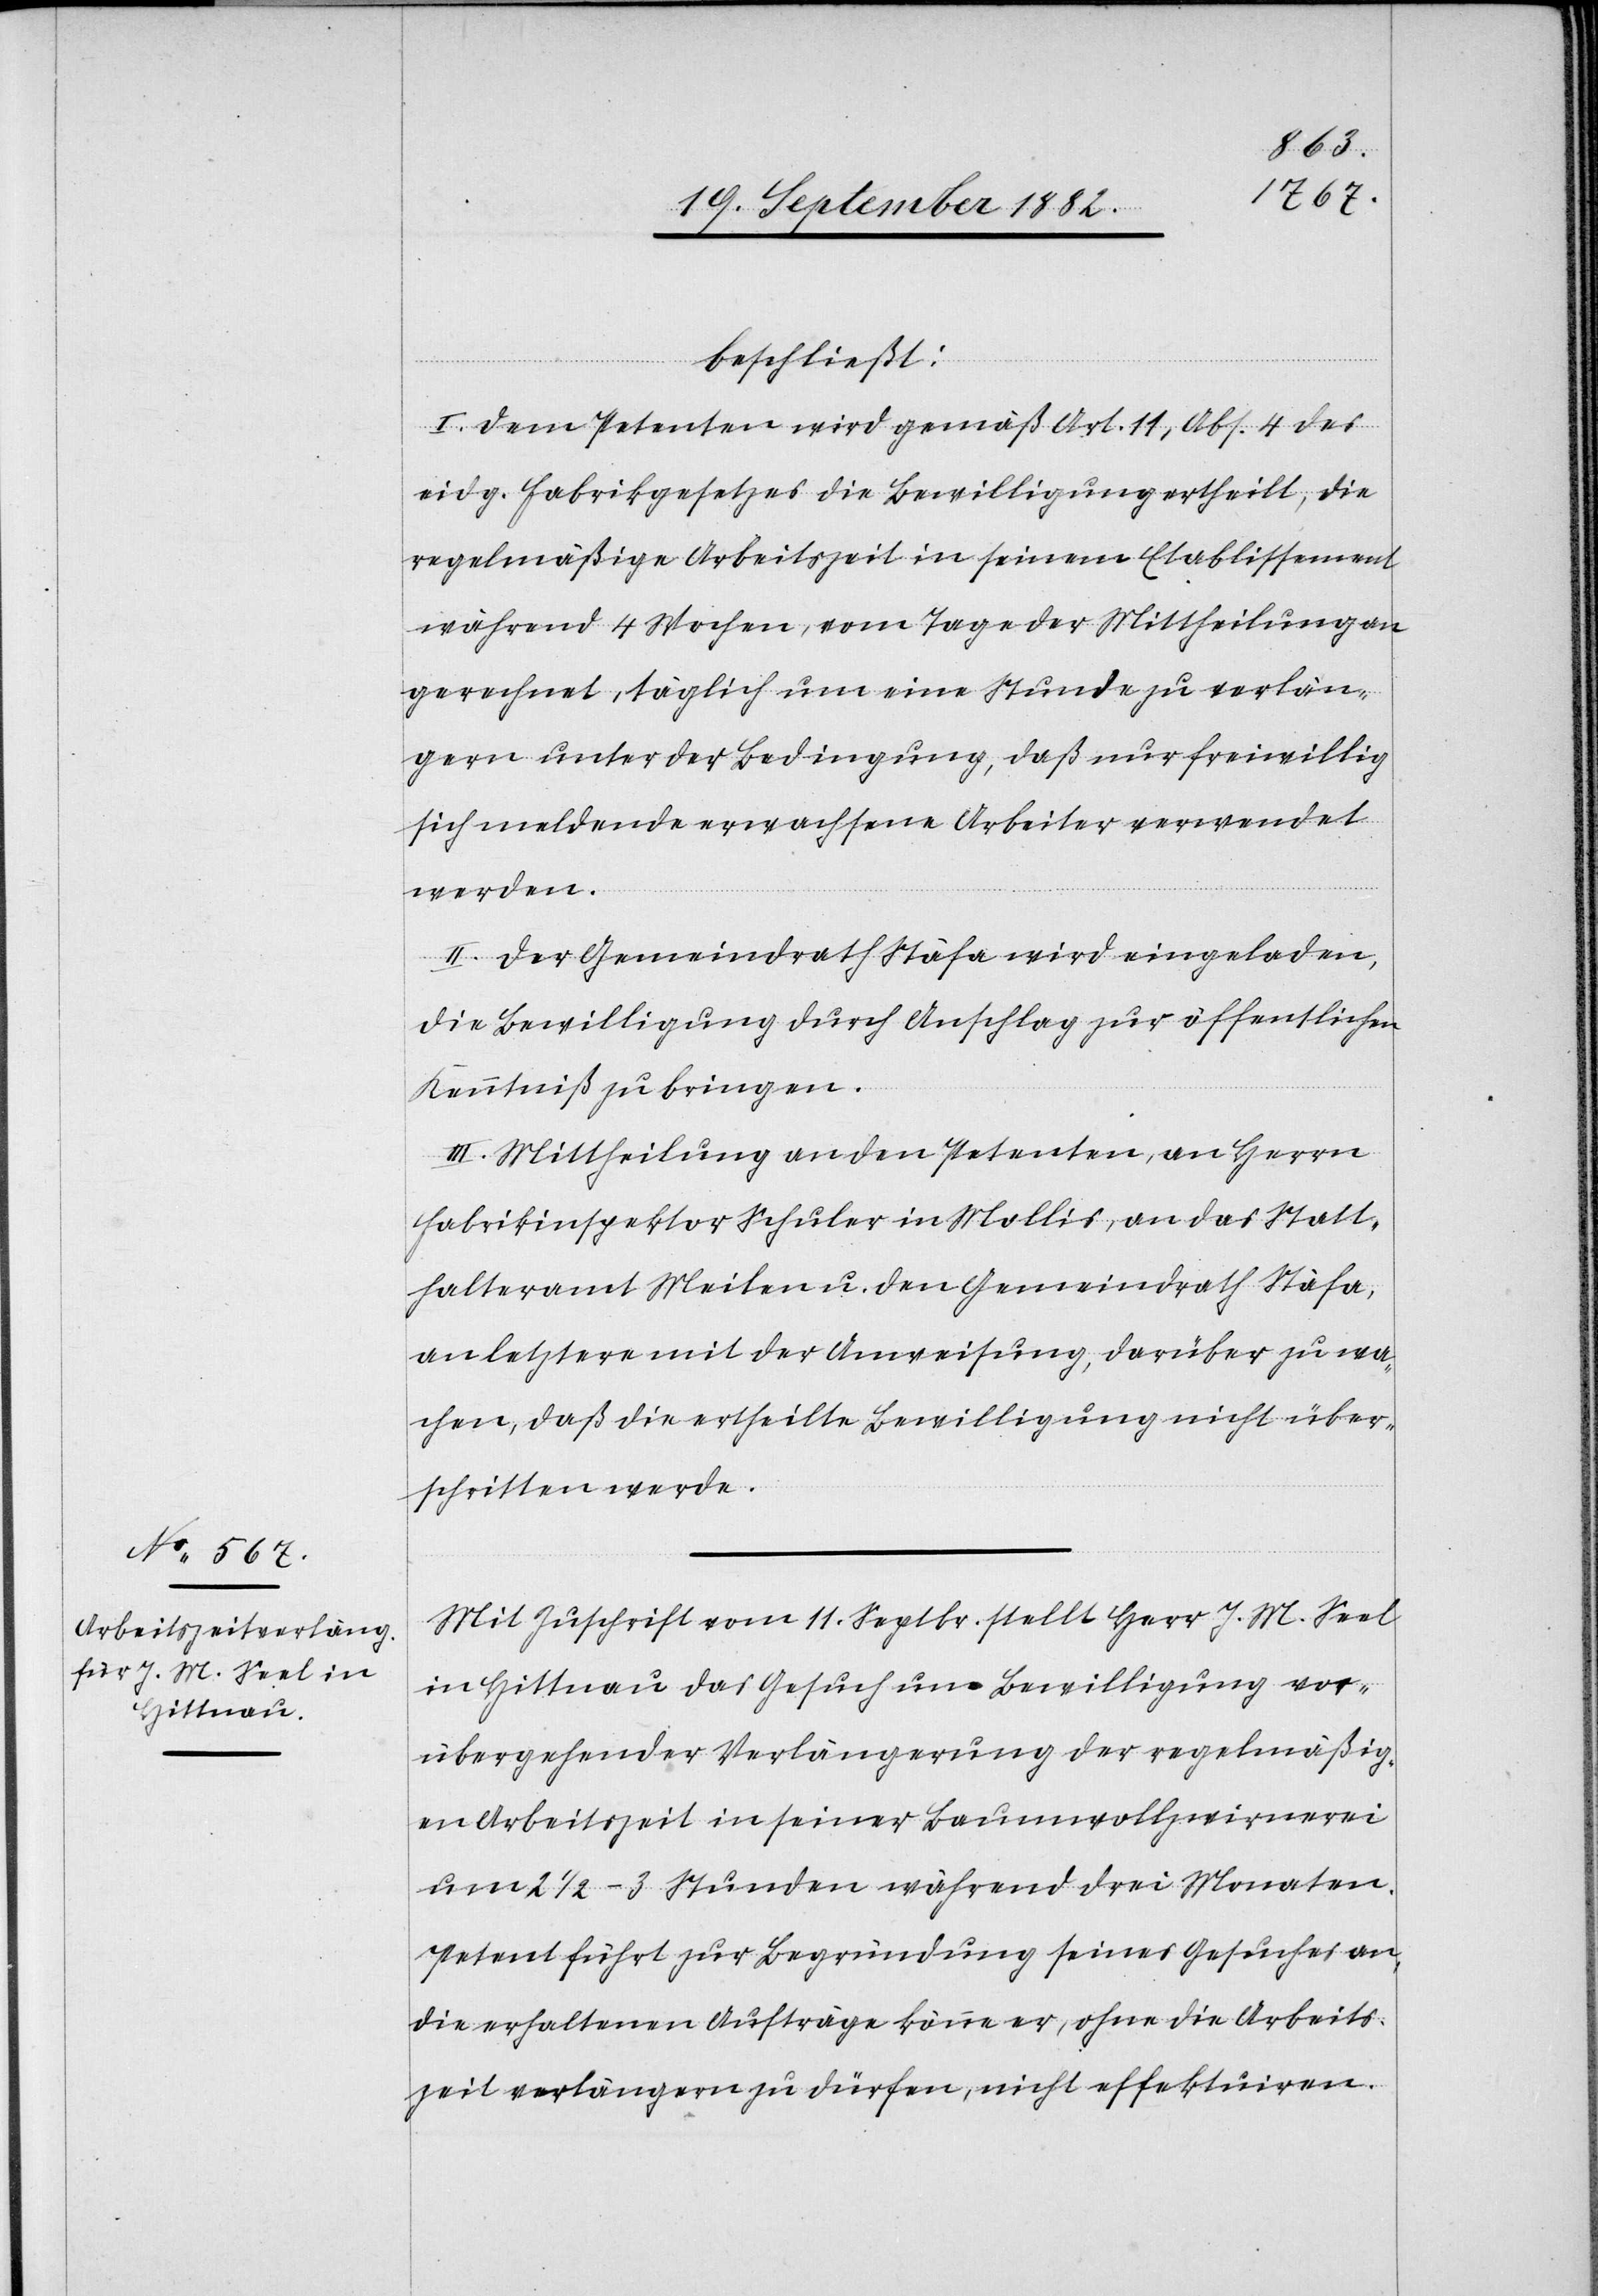
beschließt:
I. Dem Petenten wird gemäß Art. 11, Abs. 4 des
eidg. Fabrikgesetzes die Bewilligung ertheilt, die
regelmäßige Arbeitszeit in seinem Etablissement
während 4 Wochen, vom Tage der Mittheilung an
gerechnet, täglich um eine Stunde zu verlän¬
gern unter der Bedingung, daß nur freiwillig
sich meldende erwachsene Arbeiter verwendet
werden.
II. Der Gemeindrath Stäfa wird eingeladen,
die Bewilligung durch Anschlag zur öffentlichen
Kenntniß zu bringen.
III. Mittheilung an den Petenten, an Herrn
Fabrikinspektor Schuler in Mollis, an das Statt¬
halteramt Meilen u. den Gemeindrath Stäfa,
an letztere mit der Anweisung, darüber zu wa¬
chen, daß die ertheilte Bewilligung nicht über¬
schritten werde.
Mit Zuschrift vom 11. Septbr. stellt Herr J. M. Seel
in Hittnau das Gesuch um Bewilligung vor¬
übergehender Verlängerung der regelmäßig¬
en Arbeitszeit in seiner Baumwollzwirnerei
um 2 1/2–3 Stunden während drei Monaten.
Petent führt zur Begründung seines Gesuches an,
die erhaltenen Aufträge könne er, ohne die Arbeits¬
zeit verlängern zu dürfen, nicht effektuiren.